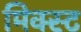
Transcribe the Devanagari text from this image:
मिक्स्ट